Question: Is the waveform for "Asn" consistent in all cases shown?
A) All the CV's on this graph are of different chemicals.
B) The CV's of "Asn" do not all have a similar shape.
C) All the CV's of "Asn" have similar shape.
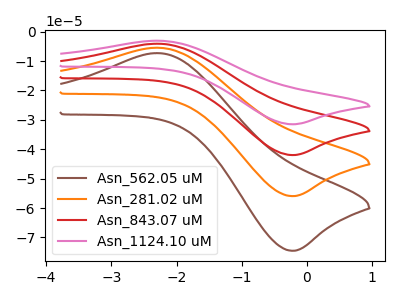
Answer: <think>The brown curve "Asn_562.05 uM" has an anodic peak at (-2.30V, -7.30uA) and a cathodic peak at (-0.25V, -74.55uA). The orange curve "Asn_281.02 uM" has an anodic peak at (-2.30V, -5.45uA) and a cathodic peak at (-0.25V, -55.95uA). The red curve "Asn_843.07 uM" has an anodic peak at (-2.30V, -10.95uA) and a cathodic peak at (-0.25V, -111.90uA). The pink curve "Asn_1124.10 uM" has an anodic peak at (-2.30V, -16.40uA) and a cathodic peak at (-0.25V, -167.85uA).
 All the peaks in "Asn_562.05 uM" have a peak in "Asn_281.02 uM" at the same potential. All the peaks in "Asn_562.05 uM" have a peak in "Asn_843.07 uM" at the same potential. All the peaks in "Asn_562.05 uM" have a peak in "Asn_1124.10 uM" at the same potential. All the peaks in "Asn_281.02 uM" have a peak in "Asn_843.07 uM" at the same potential. All the peaks in "Asn_281.02 uM" have a peak in "Asn_1124.10 uM" at the same potential. All the peaks in "Asn_843.07 uM" have a peak in "Asn_1124.10 uM" at the same potential.</think>
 <answer>C) All the CV's of "Asn" have similar shape.</answer>
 <eval>C</eval>